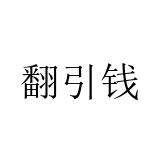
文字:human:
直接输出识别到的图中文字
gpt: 翻引钱